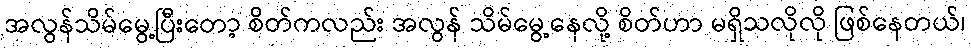
အလွန်သိမ်မွေ့ပြီးတော့ စိတ်ကလည်း အလွန် သိမ်မွေ့နေလို့ စိတ်ဟာ မရှိသလိုလို ဖြစ်နေတယ်၊